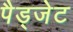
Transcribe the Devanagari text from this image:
पैड्जेट